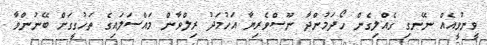
ވީނުވީއެއް ނޭނގި ގެއްލިގެން ހޯދަމުންދާ ނޫސްވެރިޔާ އަހުމަދު ރިލްވާން މައްސަލައިގެ ތަހުގީގަށް ބޭނުންވާ